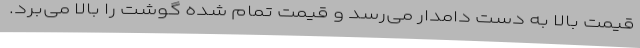
قیمت بالا به دست دامدار می‌رسد و قیمت تمام شده گوشت را بالا می‌برد.